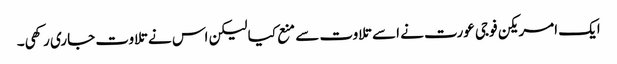
ایک امریکن فوجی عورت نے اسے تلاوت سے منع کیا لیکن اس نے تلاوت جاری رکھی۔